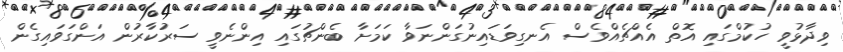
ވިދާޅުވީ ހުކުމްގައި އޮތް އެއްޗެއްވެސް އެނގިވަޑައިނުގަންނަވާ ކަމަށާ ބެންޗުގައި އިންނެވީ ސަރުކާރުން އަންގަވައިގެން